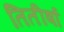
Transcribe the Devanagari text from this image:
तितीर्षा